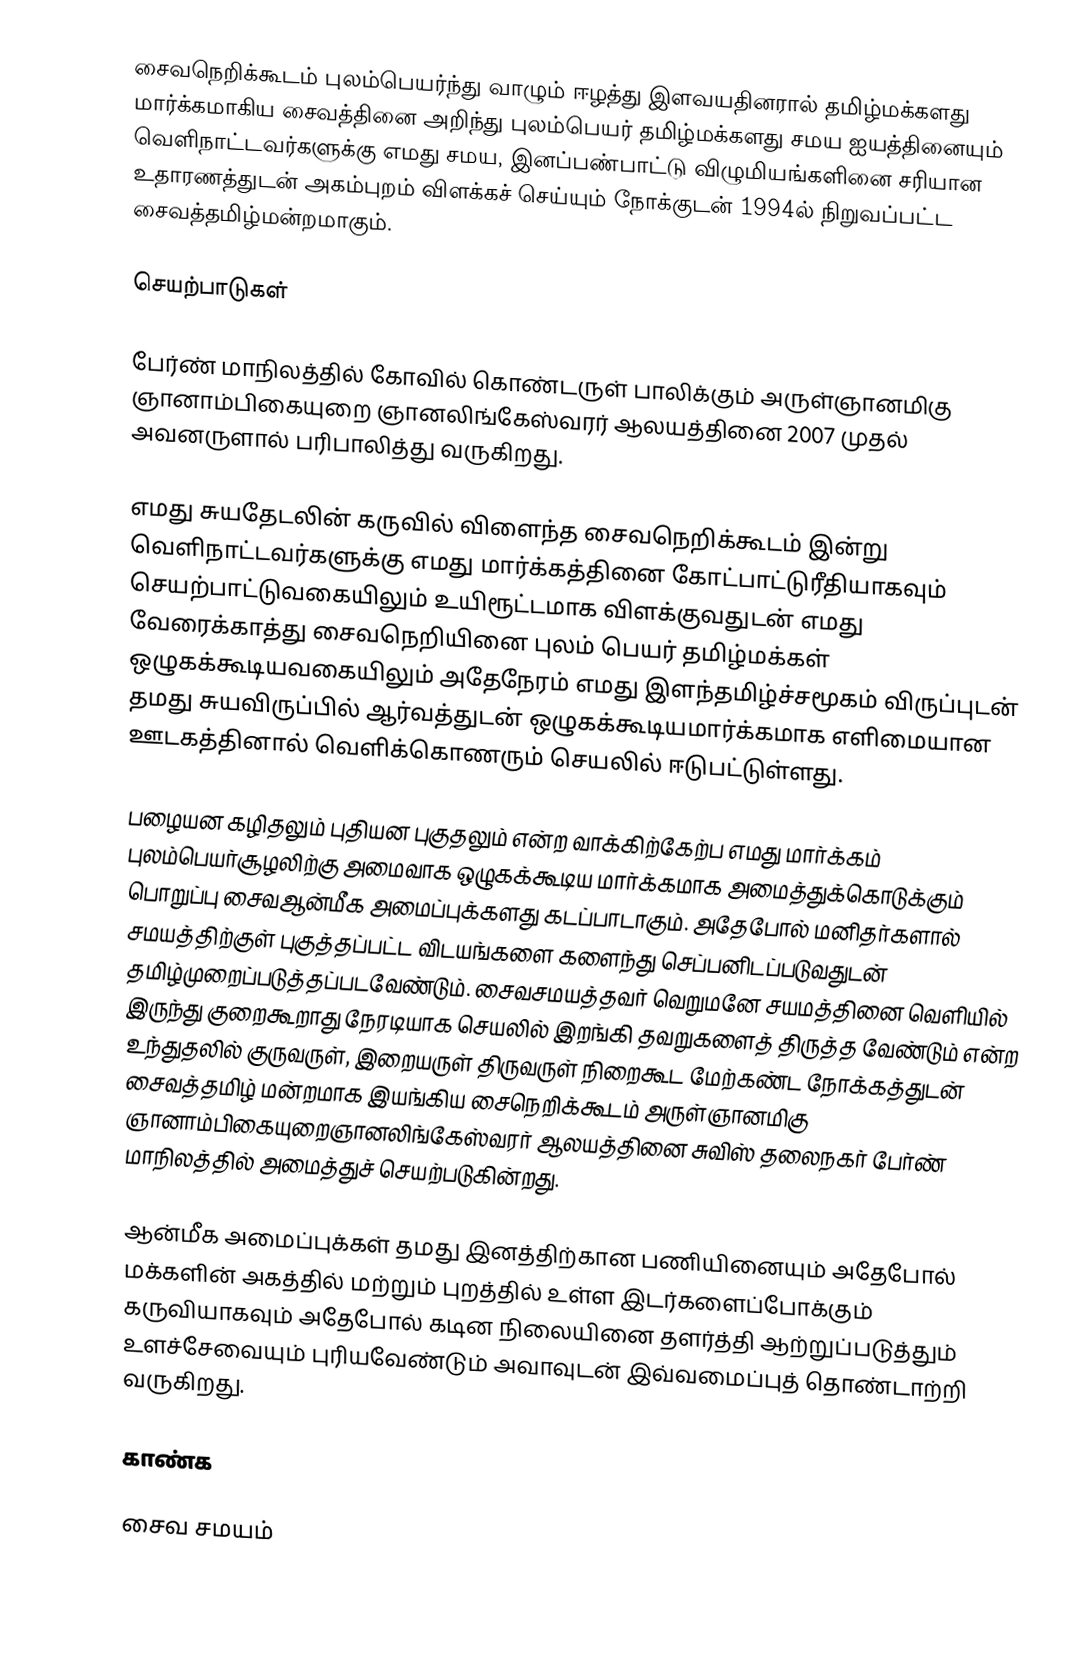
சைவநெறிக்கூடம் புலம்பெயர்ந்து வாழும் ஈழத்து இளவயதினரால் தமிழ்மக்களது மார்க்கமாகிய சைவத்தினை அறிந்து புலம்பெயர் தமிழ்மக்களது சமய ஐயத்தினையும் வெளிநாட்டவர்களுக்கு எமது சமய, இனப்பண்பாட்டு விழுமியங்களினை சரியான உதாரணத்துடன் அகம்புறம் விளக்கச் செய்யும் நோக்குடன் 1994ல் நிறுவப்பட்ட சைவத்தமிழ்மன்றமாகும்.

செயற்பாடுகள்

பேர்ண் மாநிலத்தில் கோவில் கொண்டருள் பாலிக்கும் அருள்ஞானமிகு ஞானாம்பிகையுறை ஞானலிங்கேஸ்வரர் ஆலயத்தினை 2007 முதல்  அவனருளால் பரிபாலித்து வருகிறது.

எமது சுயதேடலின் கருவில் விளைந்த சைவநெறிக்கூடம் இன்று வெளிநாட்டவர்களுக்கு எமது மார்க்கத்தினை கோட்பாட்டுரீதியாகவும் செயற்பாட்டுவகையிலும் உயிரூட்டமாக விளக்குவதுடன் எமது வேரைக்காத்து சைவநெறியினை புலம் பெயர் தமிழ்மக்கள் ஒழுகக்கூடியவகையிலும் அதேநேரம் எமது இளந்தமிழ்ச்சமூகம் விருப்புடன் தமது சுயவிருப்பில் ஆர்வத்துடன் ஒழுகக்கூடியமார்க்கமாக எளிமையான ஊடகத்தினால் வெளிக்கொணரும் செயலில் ஈடுபட்டுள்ளது.

பழையன கழிதலும் புதியன புகுதலும் என்ற வாக்கிற்கேற்ப எமது மார்க்கம் புலம்பெயர்சூழலிற்கு அமைவாக ஒழுகக்கூடிய மார்க்கமாக அமைத்துக்கொடுக்கும் பொறுப்பு சைவஆன்மீக அமைப்புக்களது கடப்பாடாகும். அதேபோல் மனிதர்களால் சமயத்திற்குள் புகுத்தப்பட்ட விடயங்களை களைந்து செப்பனிடப்படுவதுடன் தமிழ்முறைப்படுத்தப்படவேண்டும். சைவசமயத்தவர் வெறுமனே சயமத்தினை வெளியில் இருந்து குறைகூறாது நேரடியாக செயலில் இறங்கி தவறுகளைத் திருத்த வேண்டும் என்ற உந்துதலில் குருவருள், இறையருள் திருவருள் நிறைகூட மேற்கண்ட நோக்கத்துடன் சைவத்தமிழ் மன்றமாக இயங்கிய சைநெறிக்கூடம் அருள்ஞானமிகு ஞானாம்பிகையுறைஞானலிங்கேஸ்வரர் ஆலயத்தினை சுவிஸ் தலைநகர் பேர்ண் மாநிலத்தில் அமைத்துச் செயற்படுகின்றது.

ஆன்மீக அமைப்புக்கள் தமது இனத்திற்கான பணியினையும் அதேபோல் மக்களின் அகத்தில் மற்றும் புறத்தில் உள்ள இடர்களைப்போக்கும் கருவியாகவும் அதேபோல் கடின நிலையினை தளர்த்தி ஆற்றுப்படுத்தும் உளச்சேவையும் புரியவேண்டும் அவாவுடன் இவ்வமைப்புத் தொண்டாற்றி வருகிறது.

காண்க

சைவ சமயம்